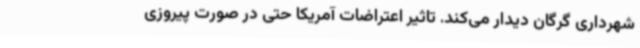
شهرداری گرگان دیدار می‌کند. تاثیر اعتراضات آمریکا حتی در صورت پیروزی